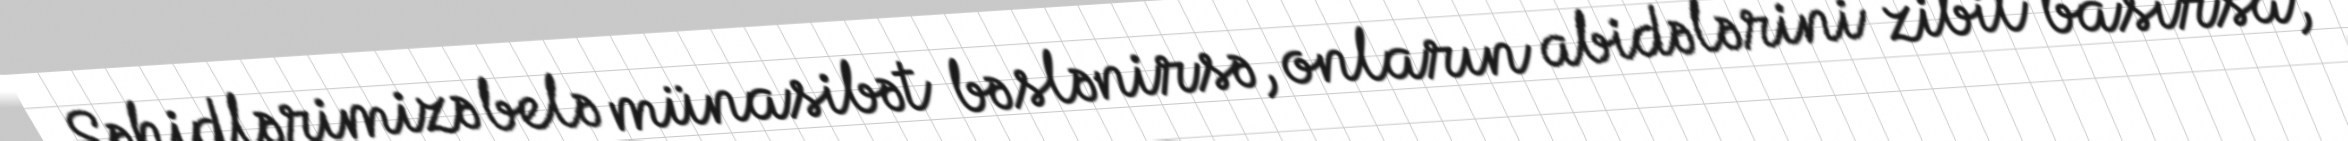
Şəhidlərimizə belə münasibət bəslənirsə, onların abidələrini zibil basırsa,